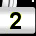
Digit: 2